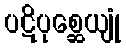
ပဋိပုစ္ဆေယျုံ